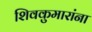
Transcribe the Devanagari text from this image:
शिवकुमारांना